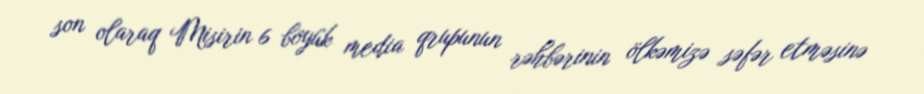
son olaraq Misirin 6 böyük media qrupunun rəhbərinin ölkəmizə səfər etməsinə